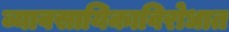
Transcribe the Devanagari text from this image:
व्यावसायिकाविरोधात